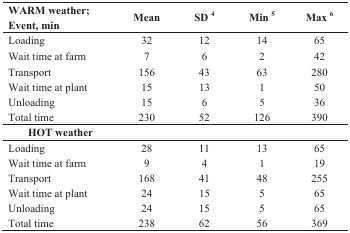
| WARM weather; Event, min | Mean | SD 4 | Min 5 | Max 6 |
 | --- | --- | --- | --- | --- |
 | Loading | 32 | 12 | 14 | 65 |
 | Wait time at farm | 7 | 6 | 2 | 42 |
 | Transport | 156 | 43 | 63 | 280 |
 | Wait time at plant | 15 | 13 | 1 | 50 |
 | Unloading | 15 | 6 | 5 | 36 |
 | Total time | 230 | 52 | 126 | 390 |
 | HOT weather |  |  |  |  |
 | Loading | 28 | 11 | 13 | 65 |
 | Wait time at farm | 9 | 4 | 1 | 19 |
 | Transport | 168 | 41 | 48 | 255 |
 | Wait time at plant | 24 | 15 | 5 | 65 |
 | Unloading | 24 | 15 | 5 | 65 |
 | Total time | 238 | 62 | 56 | 369 |